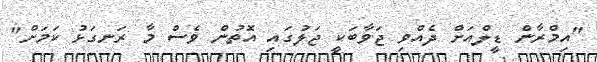
"އިމްރާން ޑީލްއަށް ދެއްވި ޖަވާބަކީ ޖަލުގައި އޮތުން ވެސް މާ ރަނގަޅު ކަމަށް"